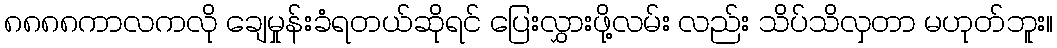
၈၈၈၈ကာလကလို ချေမှုန်းခံရတယ်ဆိုရင် ပြေးလွှားဖို့လမ်း လည်း သိပ်သိလှတာ မဟုတ်ဘူး။